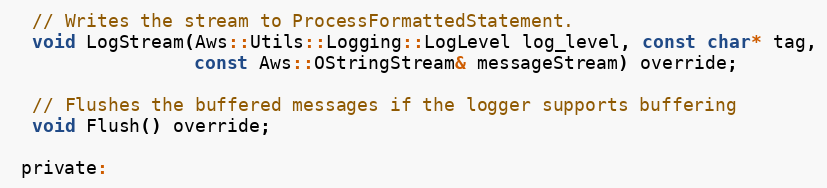
Language: C
  // Writes the stream to ProcessFormattedStatement.
  void LogStream(Aws::Utils::Logging::LogLevel log_level, const char* tag,
                 const Aws::OStringStream& messageStream) override;

  // Flushes the buffered messages if the logger supports buffering
  void Flush() override;

 private: